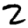
Digit: 2